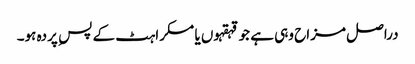
دراصل مزاح وہی ہے جو قہقہوں یا مسکراہٹ کے پس ِ پردہ ہو۔